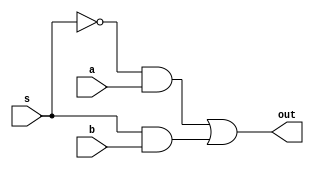
`timescale 1ns / 1ps
//////////////////////////////////////////////////////////////////////////////////
// Company: 
// Engineer: 
// 
// Design Name: 
// Module Name:    mux16_8 
// Project Name: 
// Target Devices: 
// Tool versions: 
// Description: 
//
// Dependencies: 
//
// Revision: 
// Revision 0.01 - File Created
// Additional Comments: 
//
//////////////////////////////////////////////////////////////////////////////////
module mux16_8(
    input [7:0] a,
    input [7:0] b,
    input s,
    output [7:0] out
    );
assign out = ~s & a | s & b;

endmodule